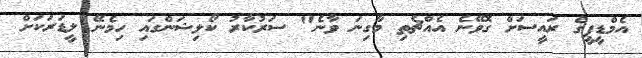
އެމްޑީޕީގެ ރައީސަށް ގޮވޭނެ އެއްޗެތި މާގިނަ ވާނެ" ސަރުކާރު ކޯލިޝަންގައި ހިމެނޭ ލީޑަރަކަށް